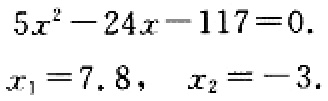
\[
5x^{2}-24x - 117 = 0.
\]
\[
x_{1}=7.8,\quad x_{2}=-3.
\]